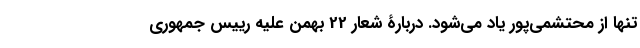
تنها از محتشمی‌پور یاد می‌شود. دربارۀ شعار 22 بهمن علیه رییس جمهوری